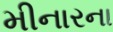
મીનારના